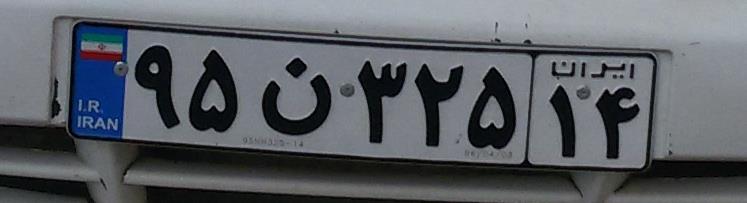
۹۵ن۳۲۵۱۴